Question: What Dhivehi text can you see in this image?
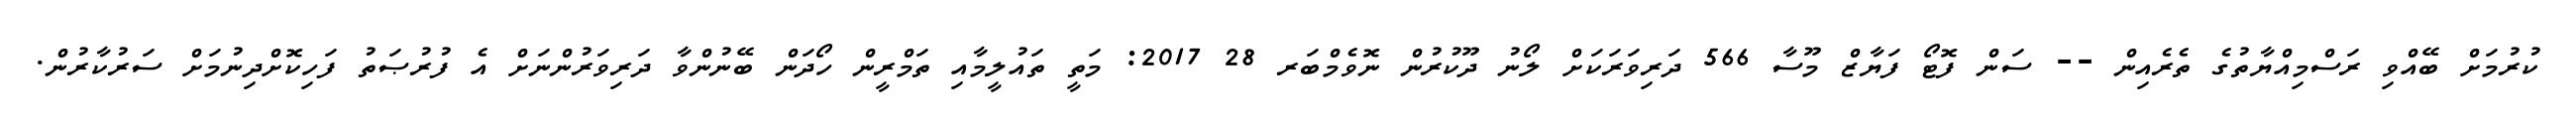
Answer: ކުރުމަށް ބޭއްވި ރަސްމިއްޔާތުގެ ތެރެއިން -- ސަން ފޮޓޯ ފަޔާޒް މޫސާ 566 ދަރިވަރަކަށް ލޯނު ދޫކުރުން ނޮވެމްބަރ 28 2017: މަތީ ތައުލީމާއި ތަމްރީން ހޯދަން ބޭނުންވާ ދަރިވަރުންނަށް އެ ފުރުޞަތު ފަހިކޮށްދިނުމަށް ސަރުކާރުން.